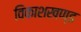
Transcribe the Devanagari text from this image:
विकाशखण्ड